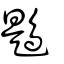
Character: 鶗